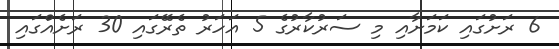
6 ރަށުގައި ކަމަށާއި މި ސަރުކާރުގެ 5 އަހަރު ތެރޭގައި 30 ރަށެއްގައި